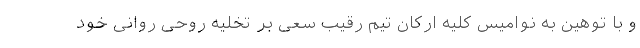
و با توهین به نوامیس کلیه ارکان تیم رقیب سعی بر تخلیه روحی روانی خود